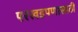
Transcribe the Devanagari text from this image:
परखडपणासाठी